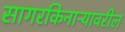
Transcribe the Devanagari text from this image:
सागरकिनाऱ्यावरील